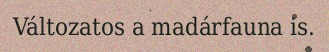
Változatos a madárfauna is.